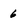
Character: 6